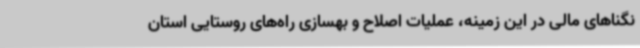
نگناهای مالی در این زمینه، عملیات اصلاح و بهسازی راه‌های روستایی استان